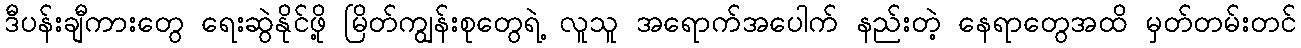
ဒီပန်းချီကားတွေ ရေးဆွဲနိုင်ဖို့ မြိတ်ကျွန်းစုတွေရဲ့ လူသူ အရောက်အပေါက် နည်းတဲ့ နေရာတွေအထိ မှတ်တမ်းတင်